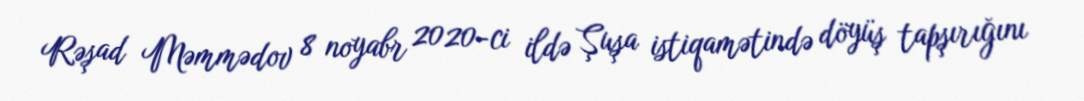
Rəşad Məmmədov 8 noyabr 2020-ci ildə Şuşa istiqamətində döyüş tapşırığını